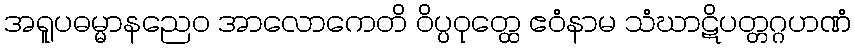
အရူပဓမ္မာနညေဝ အာလောကေတိ ဝိပ္ပဝုတ္ထေ ဧဝံနာမ သံဃာဋိပတ္တဂ္ဂဟဏံ